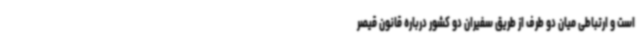
است و ارتباطی میان دو طرف از طریق سفیران دو کشور درباره قانون قیصر